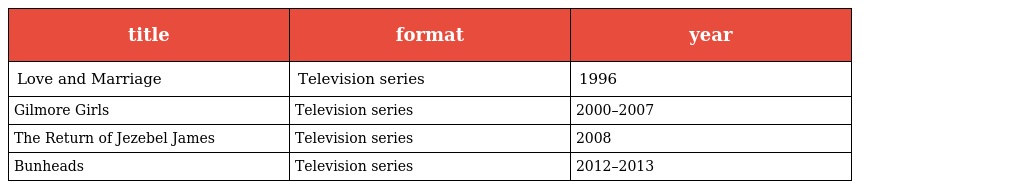
| title | format | year |
 | --- | --- | --- |
 | Love and Marriage | Television series | 1996 |
 | Gilmore Girls | Television series | 2000–2007 |
 | The Return of Jezebel James | Television series | 2008 |
 | Bunheads | Television series | 2012–2013 |